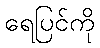
ရေပြင်ကို